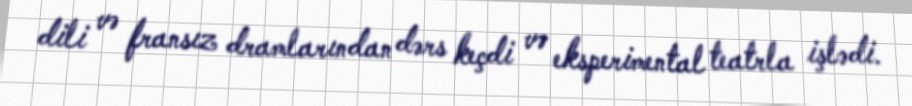
dili və fransız dramlarından dərs keçdi və eksperimental teatrla işlədi.